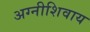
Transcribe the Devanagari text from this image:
अग्नीशिवाय